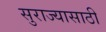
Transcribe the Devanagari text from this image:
सुराज्यासाठी